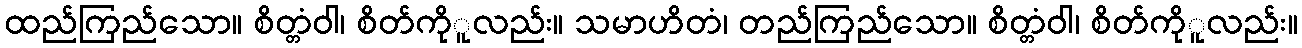
ထည်ကြည်သော။ စိတ္တံဝါ၊ စိတ်ကိုူလည်း။ သမာဟိတံ၊ တည်ကြည်သော။ စိတ္တံဝါ၊ စိတ်ကိုူလည်း။